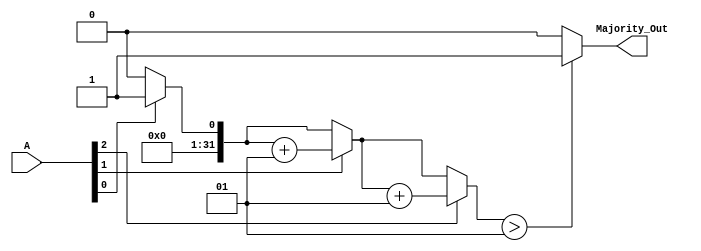
module MajorityVotingDetector (
    input wire [2:0] A,         // 3 input signals (A[0], A[1], A[2])
    output reg Majority_Out      // Majority output
);

// Internal signals to count the number of 1s
integer count_ones;

always @(*) begin
    // Initialize count
    count_ones = 0;

    // Count the number of 1s in the input signals
    if (A[0]) count_ones = count_ones + 1;
    if (A[1]) count_ones = count_ones + 1;
    if (A[2]) count_ones = count_ones + 1;

    // Determine the majority output
    if (count_ones > 1) begin
        Majority_Out = 1; // More than half (2 out of 3) are 1s
    end else begin
        Majority_Out = 0; // 1 or fewer are 1s
    end
end

endmodule